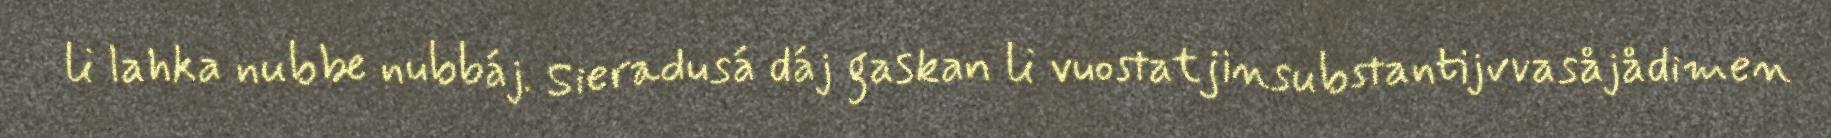
li lahka nubbe nubbáj. Sieradusá dáj gaskan li vuostatjinsubstantijvvasåjådimen